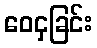
ဝေငှခြင်း